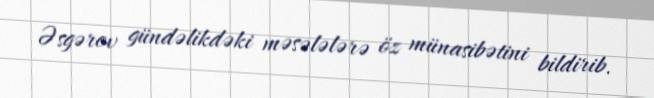
Əsgərov gündəlikdəki məsələlərə öz münasibətini bildirib.